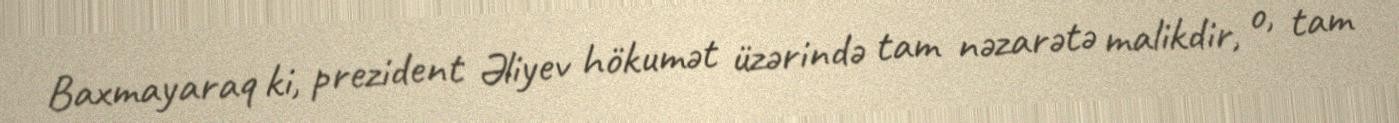
Baxmayaraq ki, prezident Əliyev hökumət üzərində tam nəzarətə malikdir, o, tam